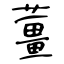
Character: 薑